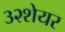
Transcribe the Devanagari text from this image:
३२शेयर